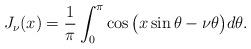
LaTeX: \begin{align*}J_\nu(x)=\frac{1}{\pi}\int_0^\pi\cos\big(x \sin \theta-\nu \theta\big) d\theta.\end{align*}